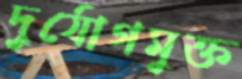
দুর্যোগমুক্ত